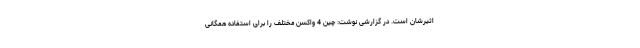
اثیرشان است. در گزارشی نوشت: چین 4 واکسن مختلف را برای استفاده همگانی